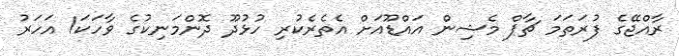
ރާއްޖޭގެ ފުރަތަމަ ޗާޕް މެޝިން އައްޑޫއަށް އެތެރެކުރި ހުޅުދޫ ދޮންމަނިކުގެ ވާހަކަ1 އަހަރު